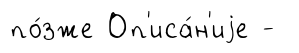
по́зже Оп'иса́н'иjе -